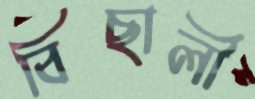
বিছালী